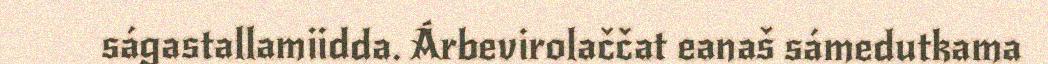
ságastallamiidda. Árbevirolaččat eanaš sámedutkama